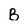
Character: B